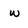
Character: w